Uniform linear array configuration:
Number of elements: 24
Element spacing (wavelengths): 1
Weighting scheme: exponential
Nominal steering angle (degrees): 30
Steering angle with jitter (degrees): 28.315
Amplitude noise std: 0.05
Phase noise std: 0.05

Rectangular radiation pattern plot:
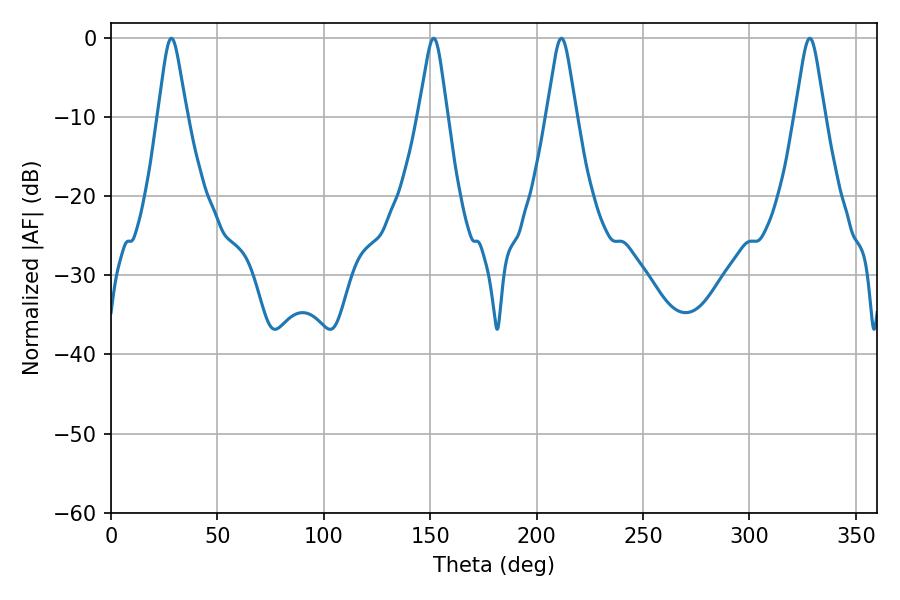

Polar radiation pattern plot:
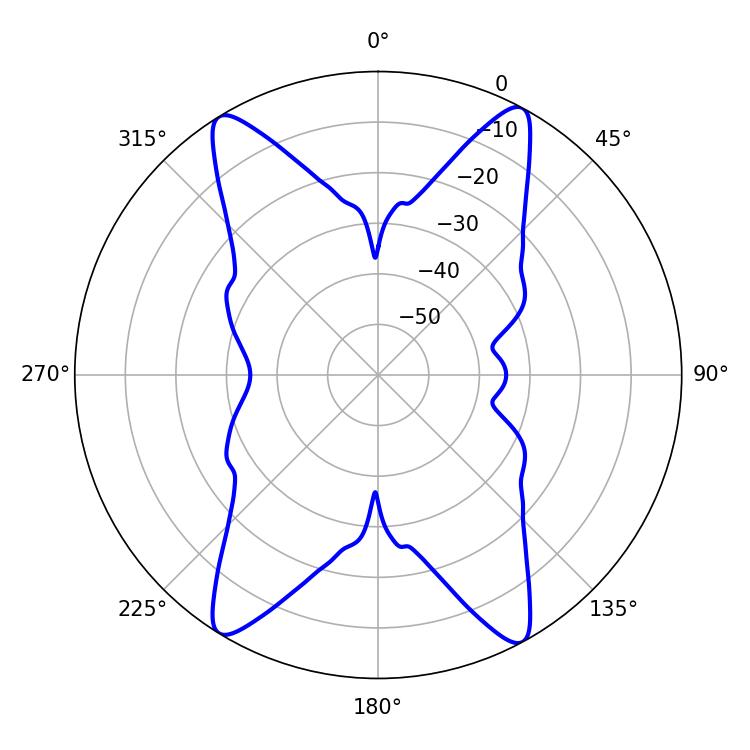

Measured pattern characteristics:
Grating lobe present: TRUE
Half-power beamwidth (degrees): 6.66
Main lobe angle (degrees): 328.32